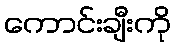
ကောင်းချီးကို